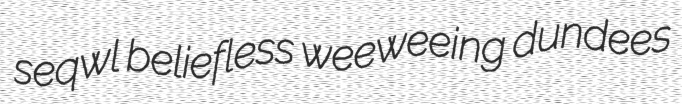
seqwl beliefless weeweeing dundees